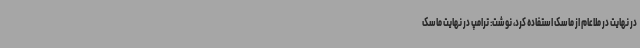
در نهایت در ملاعام از ماسک استفاده کرد، نوشت: ترامپ در نهایت ماسک